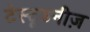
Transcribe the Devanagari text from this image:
टेस्टूडनीज़